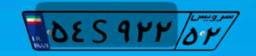
۵۴S۹۲۲۵۲